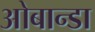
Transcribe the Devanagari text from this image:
ओबान्डा